Annual report on the health of the army in India
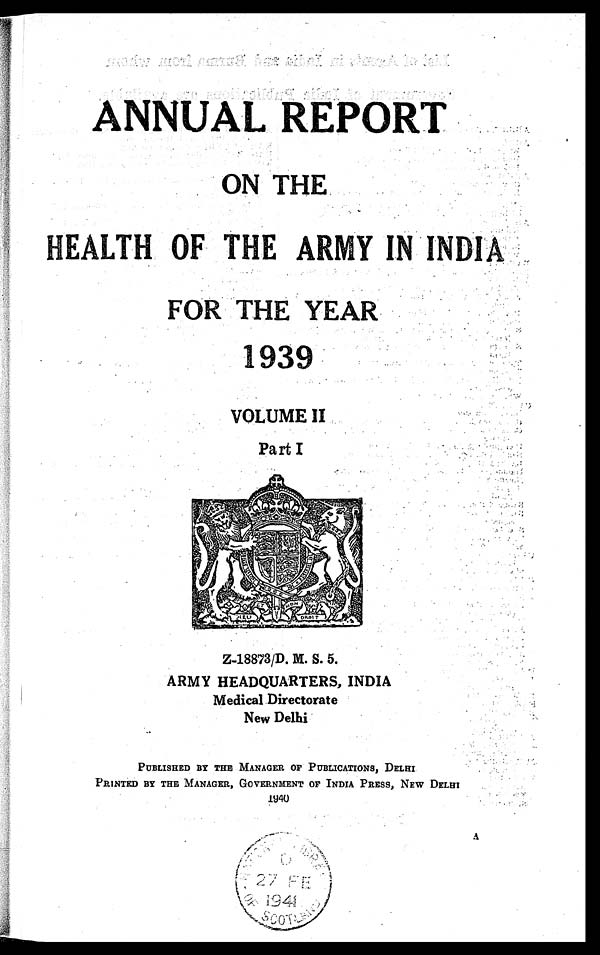
A
ANNUAL REPORT
ON THE
HEALTH OF TAE ARMY IN INDIA
FOR THE YEAR
1939
VOLUME II
Part I
Z-18873/D. M. S. 5.
ARMY HEADQUARTERS, INDIA
Medical Directorate
New Delhi
PUBLISHED BY THE MANAGER OF PUBLICATIONS, DELHI
PRINTED BY THE MANAGER, GOVERNMENT OF INDIA PRESS, NEW DELHI
1940